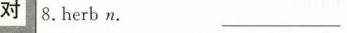
对8.Herbn. ____________⋮